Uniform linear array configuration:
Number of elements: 8
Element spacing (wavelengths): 0.25
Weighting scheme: blackman
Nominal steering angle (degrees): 0
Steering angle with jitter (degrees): -0.6714
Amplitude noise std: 0.05
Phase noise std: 0.05

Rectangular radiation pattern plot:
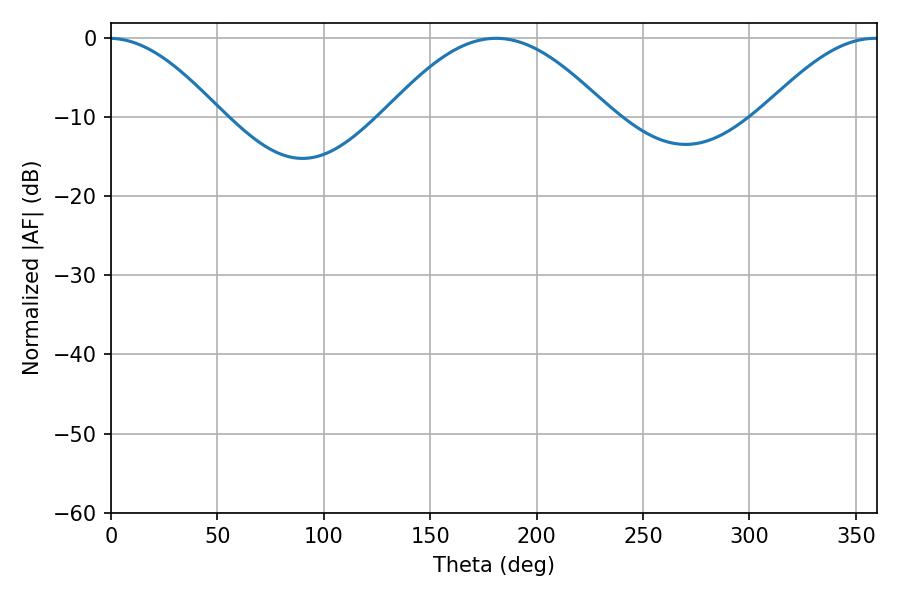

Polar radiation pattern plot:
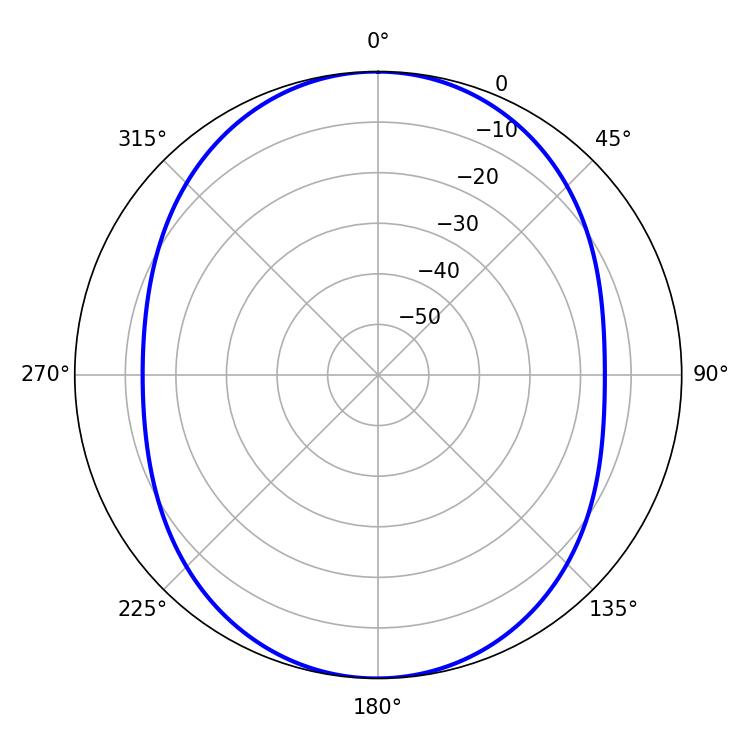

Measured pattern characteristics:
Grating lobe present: FALSE
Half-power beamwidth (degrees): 56.7
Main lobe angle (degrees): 180.9